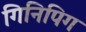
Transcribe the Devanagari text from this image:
गिनिपिग